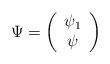
LaTeX: \begin{align*}\Psi = \left(\begin{array}{c}\psi_{1}\\\psi\end{array}\right)\end{align*}